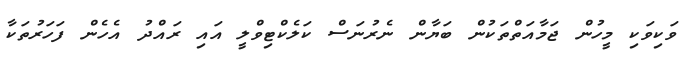
ވަކިވަކި މީހުން ޖަމާއަތްތަކުން ބަޔާން ނެރުނަސް ކަލެކްޓިވްލީ އައި ރައްދު އެހެން ފަހަރުތަކާ